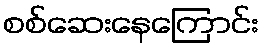
စစ်ဆေးနေကြောင်း